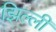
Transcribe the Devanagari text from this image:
झिल्लीं